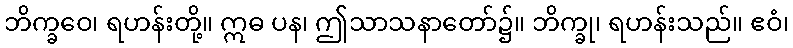
ဘိက္ခဝေ၊ ရဟန်းတို့။ ဣဓ ပန၊ ဤသာသနာတော်၌။ ဘိက္ခု၊ ရဟန်းသည်။ ဧဝံ၊